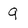
Character: 9